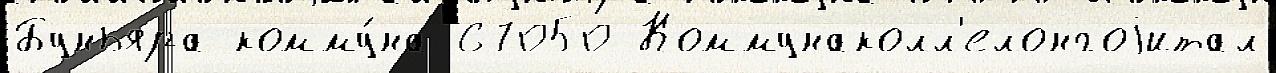
Буньяра комму́на 67050 Коммунаколл'елонгоjитал